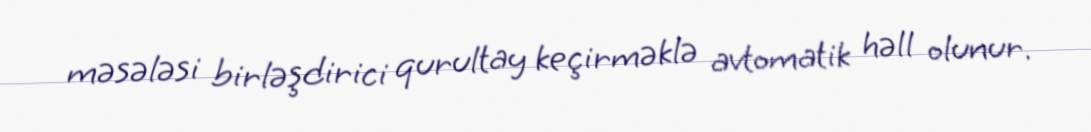
məsələsi birləşdirici qurultay keçirməklə avtomatik həll olunur.